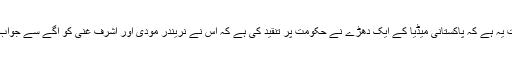
دلچسپی کی بات یہ ہے کہ پاکستانی میڈیا کے ایک دھڑے نے حکومت پر تنقید کی ہے کہ اس نے نریندر مودی اور اشرف غنی کو آگے سے جواب کیوں نہیں دیا۔